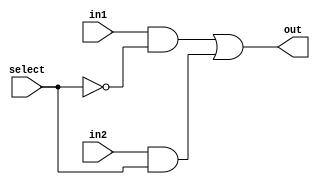
module Mux2To1(out, select, in1, in2);
  input in1, in2, select;
  output  out;
  wire  not_select, a1, a2;
  not g1(not_select, select);
  and g2(a1, in1, not_select);
  and g3(a2, in2, select);
  or  g4(out, a1, a2);
endmodule 

module  Mux8Bit_2To1(out, select, in1, in2);
  input [7:0] in1, in2;
  input select;
  output  [7:0] out;
  Mux2To1 m0(out[0], select, in1[0], in2[0]);
  Mux2To1 m1(out[1], select, in1[1], in2[1]);
  Mux2To1 m2(out[2], select, in1[2], in2[2]);
  Mux2To1 m3(out[3], select, in1[3], in2[3]);
  Mux2To1 m4(out[4], select, in1[4], in2[4]);
  Mux2To1 m5(out[5], select, in1[5], in2[5]);
  Mux2To1 m6(out[6], select, in1[6], in2[6]);
  Mux2To1 m7(out[7], select, in1[7], in2[7]);
endmodule

module  TestBench_Mux8Bit;
  reg [7:0] in1, in2;
  reg select;
  wire  [7:0] out;
  Mux8Bit_2To1  Mux(out, select, in1, in2);
  initial begin
    $monitor($time, " Input1 = %b, Input2 = %b, Select = %b, Output = %b.", in1, in2, select, out);
    #0  in1 = 8'b10101010;  in2 = 8'b01010101;  select = 1'b0;
    #100  select  = 1'b1;
    #200  $finish;
  end
endmodule